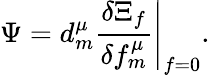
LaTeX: \Psi=d_{m}^{\mu}\left.\frac{\delta\Xi_{f}}{\delta f_{m}^{\mu}}\right|_{f=0}.